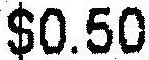
$0.50